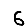
Digit: 6